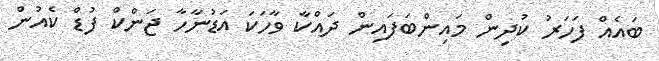
ބައެއް ފަހަރު ކުދިން މައިންބަފައިން ދައްކާ ވާހަކަ އަޑުނާހާ ޖަންކް ފުޑް ކެއުން